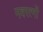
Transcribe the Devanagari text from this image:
नवरत्‍नों